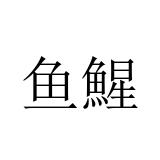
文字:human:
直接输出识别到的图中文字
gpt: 鱼鯹